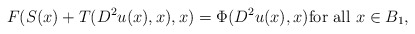
\begin{align*}F(S(x) + T(D^2u(x), x),x) = \Phi(D^2u(x), x) \textrm{for all } x \in B_1,\end{align*}